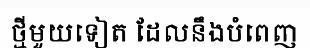
ថ្មីមួយទៀត ដែលនឹងបំពេញ